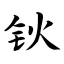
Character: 钬